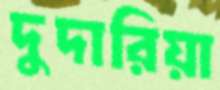
দুদারিয়া